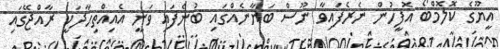
އީޔޫގެ ކޮލޮމްބޯ އޮފީހުން ނެރެފައިވާ ނޫސް ބަޔާނެއްގައި ބުނެފައި ވަނީ އެއިއްތިހާދަކީ ރާއްޖޭގައި